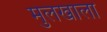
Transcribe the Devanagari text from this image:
मुलखाला